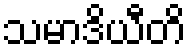
သမာဒိယီတိ